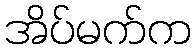
အိပ်မက်က